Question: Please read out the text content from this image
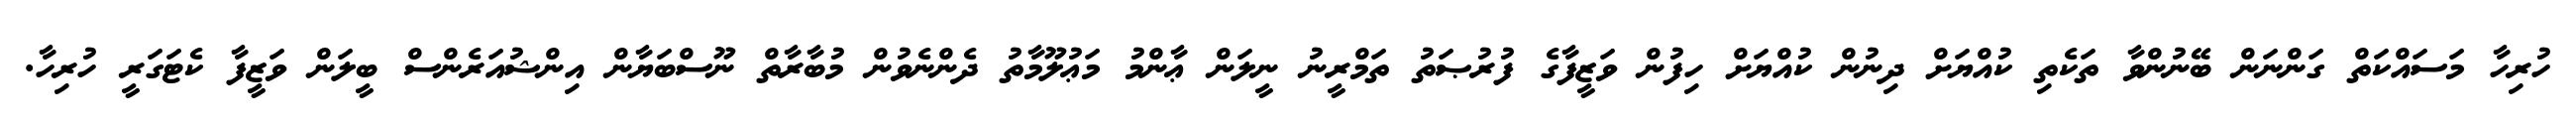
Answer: ހުރިހާ މަސައްކަތް ގަންނަން ބޭނުންވާ ތަކެތި ކުއްޔަށް ދިނުން ކުއްޔަށް ހިފުން ވަޒީފާގެ ފުރުޞަތު ތަމްރީނު ނީލަން ޢާންމު މަޢުލޫމާތު ދެންނެވުން މުބާރާތް ނޫސްބަޔާން އިންޝުއަރެންސް ބީލަން ވަޒީފާ ކެޓަގަރީ ހުރިހާ.